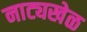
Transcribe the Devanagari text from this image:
नाट्यखेळ